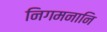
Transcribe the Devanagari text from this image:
निगमनानि